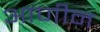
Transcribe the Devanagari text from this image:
आणीन